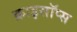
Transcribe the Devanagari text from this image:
क्राइसॉप्स